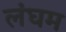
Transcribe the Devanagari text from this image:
लंघम